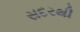
સદરથી